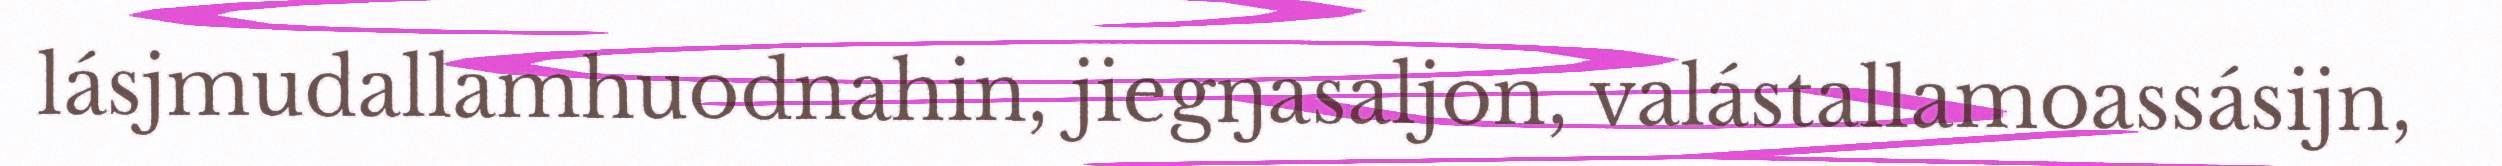
lásjmudallamhuodnahin, jiegŋasaljon, valástallamoassásijn,